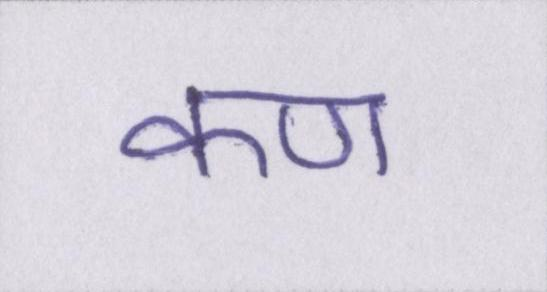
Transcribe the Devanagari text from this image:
कण